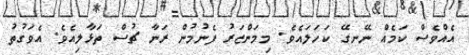
އެއްވެސް ކަމެއް ނޭނގޭ ކަހަލައެވެ. މިމަންޒަރު ފެނުމުން ރަނާ ޗުސް ތަޅާލިއެވެ. އެވަގުތު